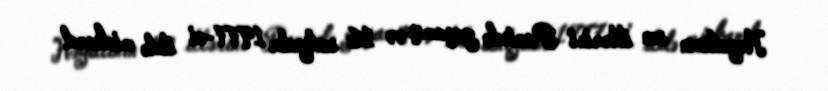
Həyatının son illərini Parisdə yaşamış və 16 sentyabr 1977-ci ildə miokard